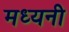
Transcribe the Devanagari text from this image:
मध्यनी